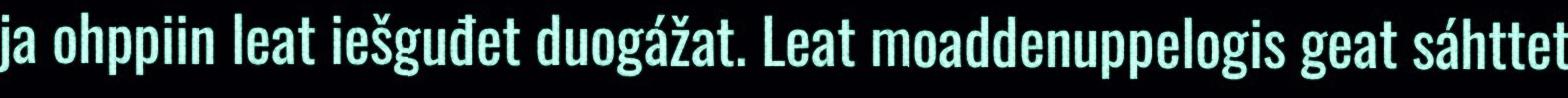
ja ohppiin leat iešguđet duogážat. Leat moaddenuppelogis geat sáhttet